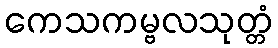
ကေသကမ္ဗလသုတ္တံ